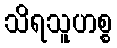
သိရသူဟစ္စ